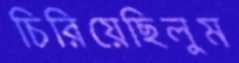
চিরিয়েছিলুম